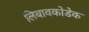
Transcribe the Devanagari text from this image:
लिबावकोडेक